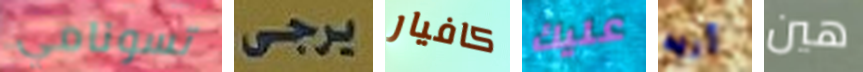
تسونامي يرجى كافيار عليك أريد هين